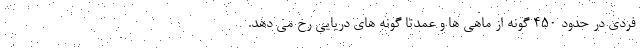
فردی در حدود 450 گونه از ماهی ها و عمدتا گونه های دریایی رخ می دهد.